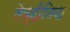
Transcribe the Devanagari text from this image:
लेव्हीनिया